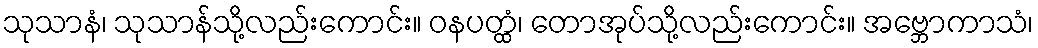
သုသာနံ၊ သုသာန်သို့လည်းကောင်း။ ဝနပတ္ထံ၊ တောအုပ်သို့လည်းကောင်း။ အဗ္ဘောကာသံ၊